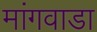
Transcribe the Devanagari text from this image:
मांगवाडा